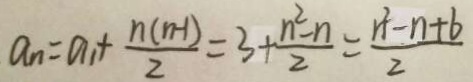
a _ { n } = a _ { 1 } + \frac { n ( n - 1 ) } { 2 } = 3 + \frac { n ^ { 2 } - n } { 2 } = \frac { n ^ { 2 } - n + b } { 2 }